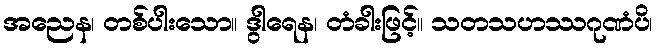
အညေန၊ တစ်ပါးသော။ ဒွါရေန၊ တံခါးဖြင့်။ သတသဟဿဂုဏံပိ၊